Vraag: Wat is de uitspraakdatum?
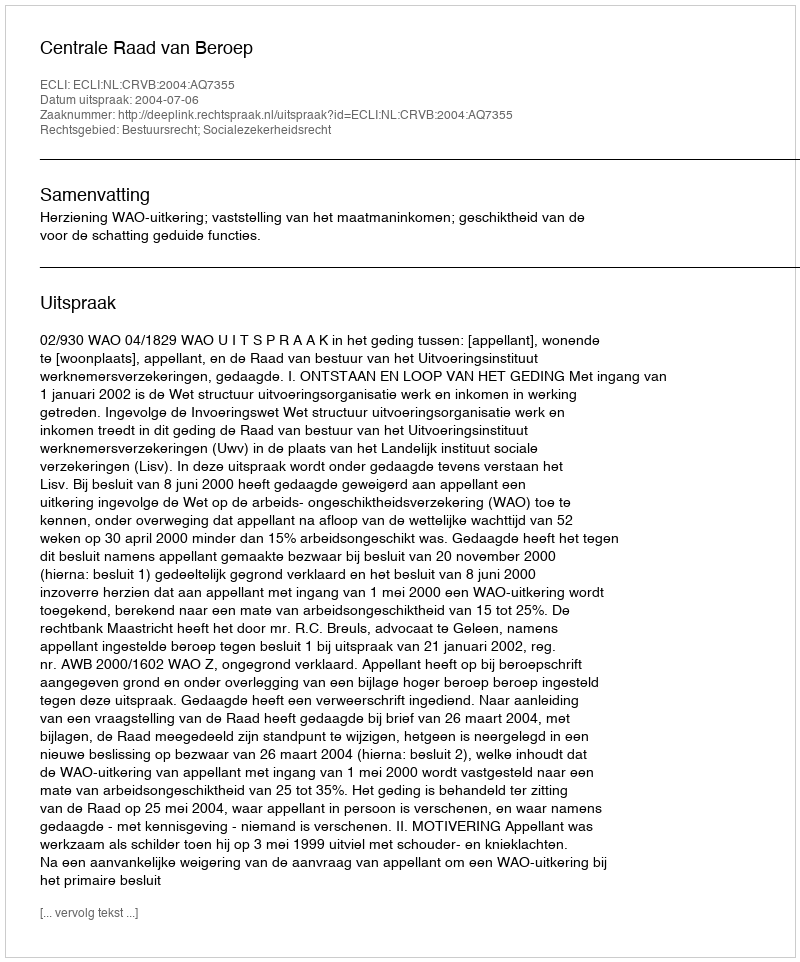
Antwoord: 2004-07-06